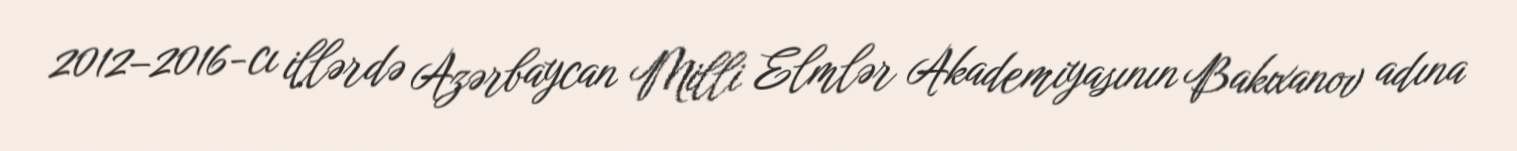
2012–2016-cı illərdə Azərbaycan Milli Elmlər Akademiyasının Bakıxanov adına